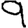
Digit: 9